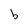
Character: b